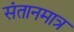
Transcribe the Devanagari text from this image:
संतानमात्र